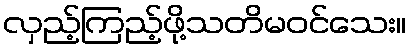
လှည့်ကြည့်ဖို့သတိမဝင်သေး။